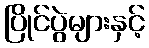
ပြိုင်ပွဲများနှင့်